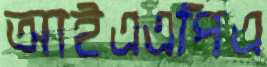
আইএএপিএ